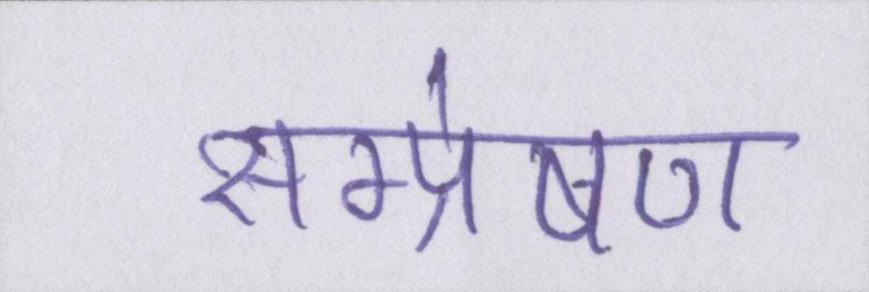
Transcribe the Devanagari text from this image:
सम्प्रेषण